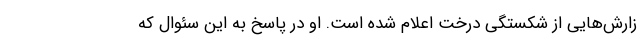
زارش‌هایی از شکستگی درخت اعلام شده است. او در پاسخ به این سئوال که